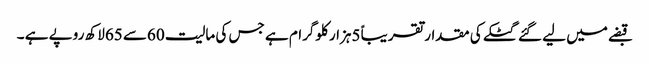
قبضے میں لیے گئے گٹکے کی مقدار تقریباً 5ہزار کلوگرام ہے جس کی مالیت 60سے 65لاکھ روپے ہے ۔